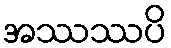
အဿဿပိ